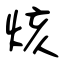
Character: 烗